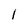
Character: 1